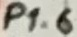
Text: P1.6